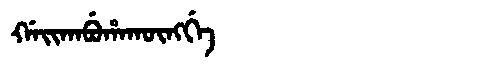
Manchu: ᡤᠠᡳᡴᠠᠪᡠᡥᠠᡴᡡᠩᡤᡝ
Romanization: GAIKABUHAKŪNGGE